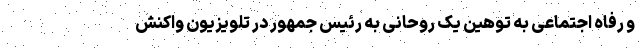
و رفاه اجتماعی به توهین یک روحانی به رئیس جمهور در تلویزیون واکنش